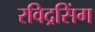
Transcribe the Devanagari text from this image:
रविद्रसिंग